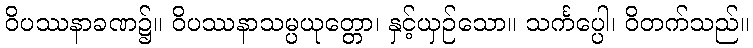
ဝိပဿနာခဏ၌။ ဝိပဿနာသမ္ပယုတ္တော၊ နှင့်ယှဉ်သော။ သင်္ကပ္ပေါ၊ ဝိတက်သည်။